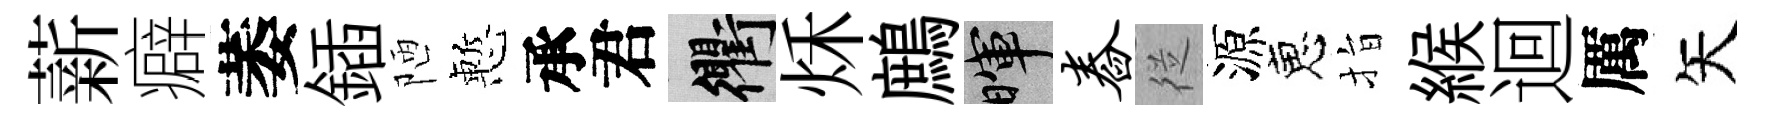
薪癖萎鍤陋慙承君衢秌鷓暉舂従源恵指緱迴厲矢